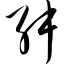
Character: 舛